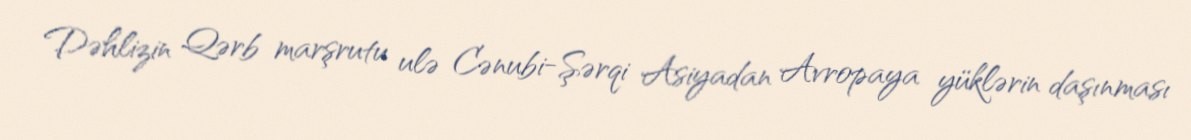
Dəhlizin Qərb marşrutu ulə Cənubi-Şərqi Asiyadan Avropaya yüklərin daşınması